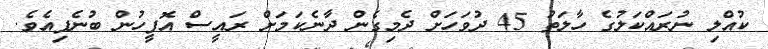
ކުއްލި ނުރައްކަލުގެ ހާލަތު 45 ދުވަހަށް ދެމިގެން ދާނެކަމަށް ރައީސް އޮފީހުން ބުނެފިއެވެ.